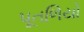
પૂતળિયો